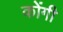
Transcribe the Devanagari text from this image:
कोंगी